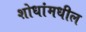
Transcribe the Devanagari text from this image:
शोधांमधील